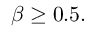
\beta \ge 0 . 5 .